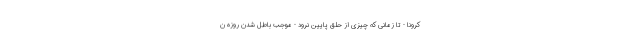
کرونا - تا زمانی که چیزی از حلق پایین نرود - موجب باطل شدن روزه ن